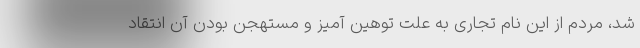
شد، مردم از این نام تجاری به علت توهین آمیز و مستهجن بودن آن انتقاد